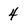
Character: 4